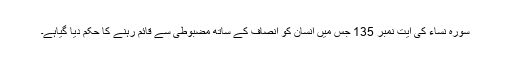
سورہ نساء کی آیت نمبر 135 جس میں انسان کو انصاف کے ساتھ مضبوطی سے قائم رہنے کا حکم دیا گیاہے۔